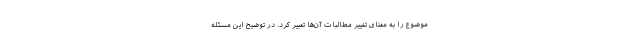
موضوع را به معنای تغییر مطالبات آن‌ها تعبیر کرد. در توضیح این مسئله